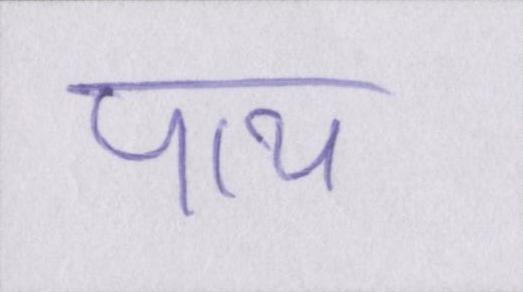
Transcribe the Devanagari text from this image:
पाप